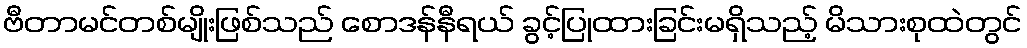
ဗီတာမင်တစ်မျိုးဖြစ်သည် စောဒန်နီရယ် ခွင့်ပြုထားခြင်းမရှိသည့် မိသားစုထဲတွင်